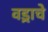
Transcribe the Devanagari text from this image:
वड्राचे